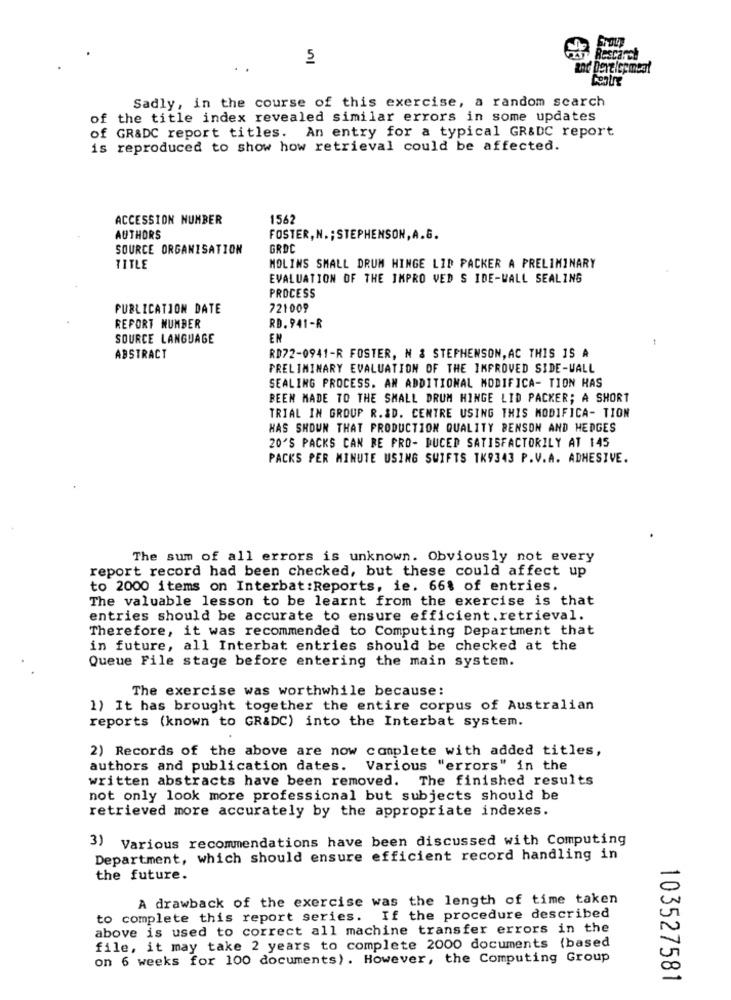
5
Rescarch
and Development
Sadly, in the course of this exercise, a random scarch
of the title index revealed similar errors in some updates
of GR&DC report titles. An entry for a typical GR&DC report
is reproduced to show how retrieval could be affected.
ACCESSION NUMBER
1562
AUTHORS
FOSTER, N. ; STEPHENSON, A.G.
SOURCE ORGANISATION
GRDC
TITLE
MOLINS SMALL DRUM HINGE LID PACKER A PRELIMINARY
EVALUATION OF THE IMPRO VED S IDE-WALL SEALING
PROCESS
PUBLICATION DATE
721009
REPORT NUMBER
RD. 941-R
SOURCE LANGUAGE
EN
RD72-0941-R FOSTER, N & STEPHENSON, AC THIS IS A
ABSTRACT
PRELIMINARY EVALUATION OF THE IMPROVED SIDE-WALL
SEALING PROCESS. AN ADDITIONAL MODIFICA- TION HAS
BEEN MADE TO THE SMALL DRUM HINGE LID PACKER; A SHORT
TRIAL IN GROUP R.&D. CENTRE USING THIS MODIFICA- TION
HAS SHOWN THAT PRODUCTION QUALITY BENSON AND HEDGES
20'S PACKS CAN BE PRO- DUCED SATISFACTORILY AT 145
PACKS PER MINUTE USING SWIFTS TK9343 P.V.A. ADHESIVE.
The sum of all errors is unknown. Obviously not every
report record had been checked, but these could affect up
to 2000 items on Interbat :Reports, ie. 66% of entries.
The valuable lesson to be learnt from the exercise is that
entries should be accurate to ensure efficient.retrieval.
Therefore, it was recommended to Computing Department that
in future, all Interbat entries should be checked at the
Queue File stage before entering the main system.
The exercise was worthwhile because:
1) It has brought together the entire corpus of Australian
reports (known to GR&DC) into the Interbat system.
2) Records of the above are now complete with added titles,
authors and publication dates.
Various "errors" in the
written abstracts have been removed. The finished results
not only look more professional but subjects should be
retrieved more accurately by the appropriate indexes.
3) Various recommendations have been discussed with Computing
Department, which should ensure efficient record handling in
the future.
A drawback of the exercise was the length of time taken
to complete this report series. If the procedure described
above is used to correct all machine transfer errors in the
file, it may take 2 years to complete 2000 documents (based
on 6 weeks for 100 documents). However, the Computing Group
103527581